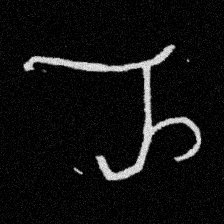
Pyu character \u2014 Myanmar letter: ည (romanized: nya)